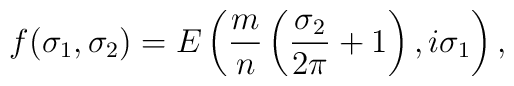
f(\sigma_1,\sigma_2) = E \left( \frac{m}{n}\left(\frac{\sigma_2}{2\pi}+1\right), i \sigma_1 \right),